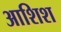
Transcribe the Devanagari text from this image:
आशिश